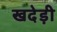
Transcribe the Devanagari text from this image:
खदेड़ी